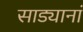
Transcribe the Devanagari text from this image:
साड्यानां